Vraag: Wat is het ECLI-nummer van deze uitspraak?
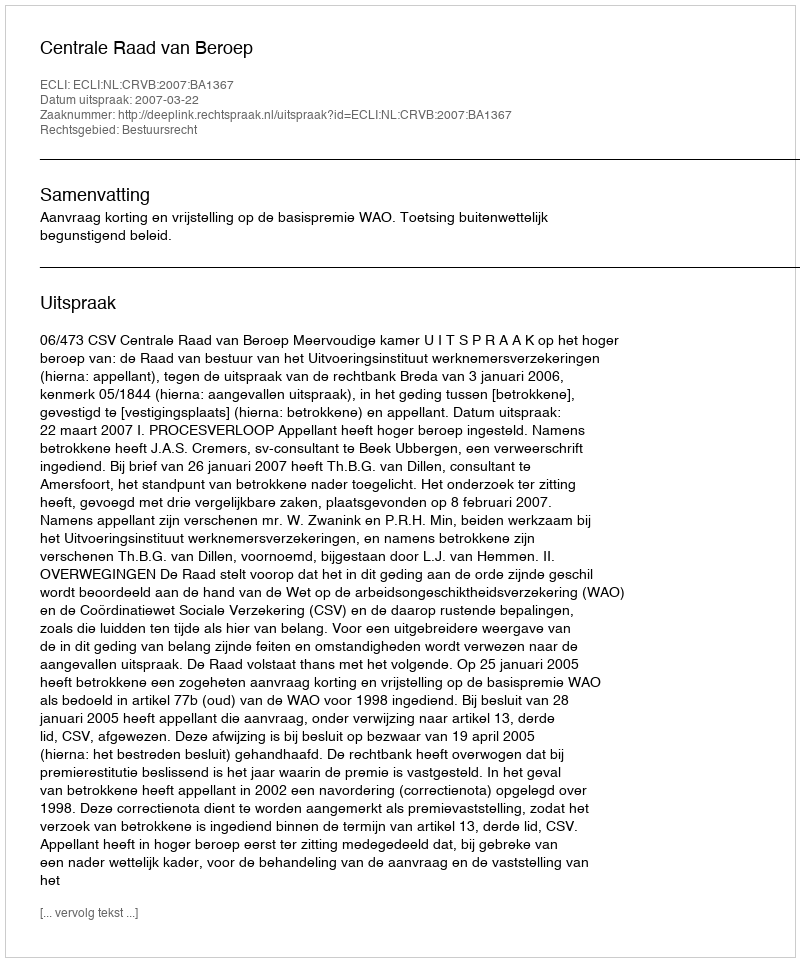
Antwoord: ECLI:NL:CRVB:2007:BA1367